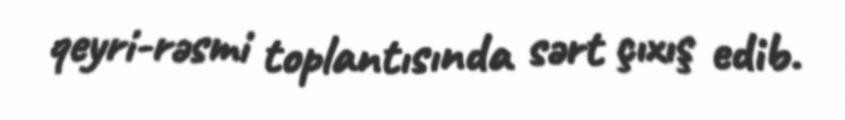
qeyri-rəsmi toplantısında sərt çıxış edib.